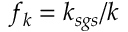
f _ { k } = k _ { s g s } / k